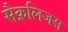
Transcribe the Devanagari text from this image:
सैक्रलिजस